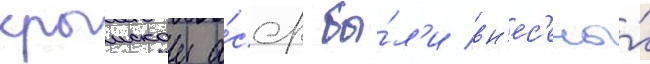
крымскои а́сср бы́л'и вн'ес'ены́